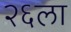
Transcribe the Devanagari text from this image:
२६ला